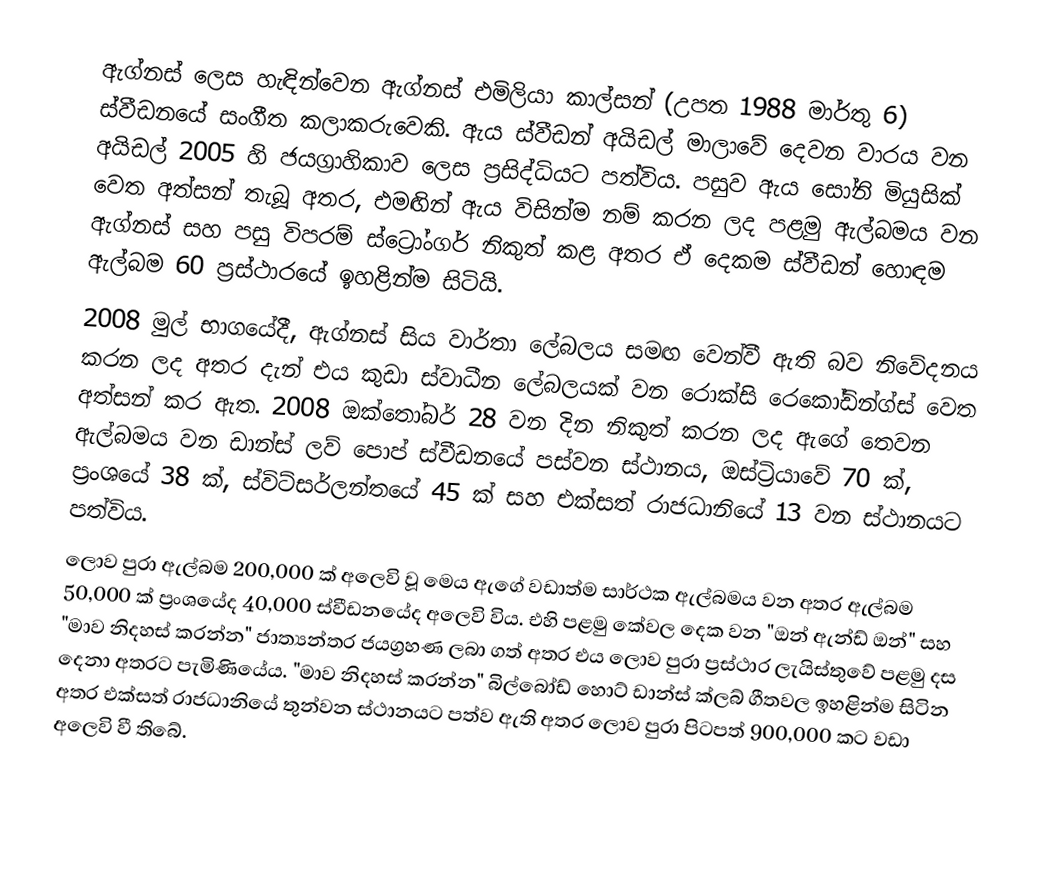
ඇග්නස් ලෙස හැඳින්වෙන ඇග්නස් එමිලියා කාල්සන් (උපත 1988 මාර්තු 6) ස්වීඩනයේ සංගීත කලාකරුවෙකි. ඇය ස්වීඩන් අයිඩල් මාලාවේ දෙවන වාරය වන අයිඩල් 2005 හි ජයග්‍රාහිකාව ලෙස ප්‍රසිද්ධියට පත්විය. පසුව ඇය සෝනි මියුසික් වෙත අත්සන් තැබූ අතර, එමඟින් ඇය විසින්ම නම් කරන ලද පළමු ඇල්බමය වන ඇග්නස් සහ පසු විපරම් ස්ට්‍රෝංගර් නිකුත් කළ අතර ඒ දෙකම ස්වීඩන් හොඳම ඇල්බම 60 ප්‍රස්ථාරයේ ඉහළින්ම සිටියි.
2008 මුල් භාගයේදී, ඇග්නස් සිය වාර්තා ලේබලය සමඟ වෙන්වී ඇති බව නිවේදනය කරන ලද අතර දැන් එය කුඩා ස්වාධීන ලේබලයක් වන රොක්සි රෙකෝඩින්ග්ස් වෙත අත්සන් කර ඇත. 2008 ඔක්තෝබර් 28 වන දින නිකුත් කරන ලද ඇගේ තෙවන ඇල්බමය වන ඩාන්ස් ලව් පොප් ස්වීඩනයේ පස්වන ස්ථානය, ඔස්ට්‍රියාවේ 70 ක්, ප්‍රංශයේ 38 ක්, ස්විට්සර්ලන්තයේ 45 ක් සහ එක්සත් රාජධානියේ 13 වන ස්ථානයට පත්විය.
ලොව පුරා ඇල්බම 200,000 ක් අලෙවි වූ මෙය ඇගේ වඩාත්ම සාර්ථක ඇල්බමය වන අතර ඇල්බම 50,000 ක් ප්‍රංශයේද 40,000 ස්වීඩනයේද අලෙවි විය. එහි පළමු කේවල දෙක වන "ඔන් ඇන්ඩ් ඔන්" සහ "මාව නිදහස් කරන්න" ජාත්‍යන්තර ජයග්‍රහණ ලබා ගත් අතර එය ලොව පුරා ප්‍රස්ථාර ලැයිස්තුවේ පළමු දස දෙනා අතරට පැමිණියේය. "මාව නිදහස් කරන්න" බිල්බෝඩ් හොට් ඩාන්ස් ක්ලබ් ගීතවල ඉහළින්ම සිටින අතර එක්සත් රාජධානියේ තුන්වන ස්ථානයට පත්ව ඇති අතර ලොව පුරා පිටපත් 900,000 කට වඩා අලෙවි වී තිබේ.